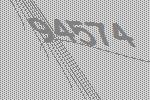
94574